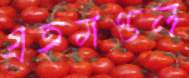
গ্রহমণ্ডল